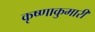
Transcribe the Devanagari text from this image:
कृष्णाकुमारी